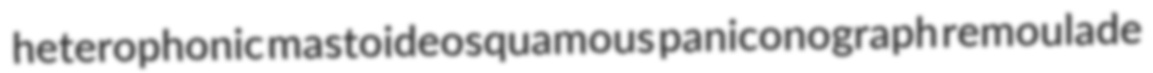
heterophonic mastoideosquamous paniconograph remoulade